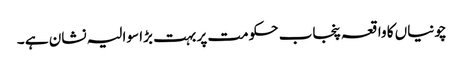
چونیاں کا واقعہ پنجاب حکومت پر بہت بڑا سوالیہ نشان ہے ۔